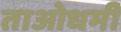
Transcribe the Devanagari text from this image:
ताओधर्मी